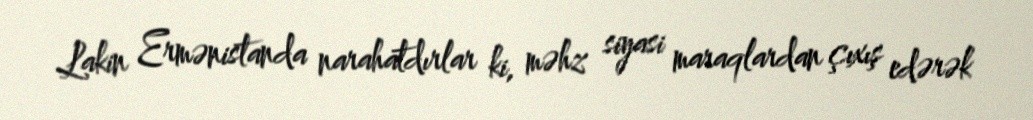
Lakin Ermənistanda narahatdırlar ki, məhz siyasi maraqlardan çıxış edərək